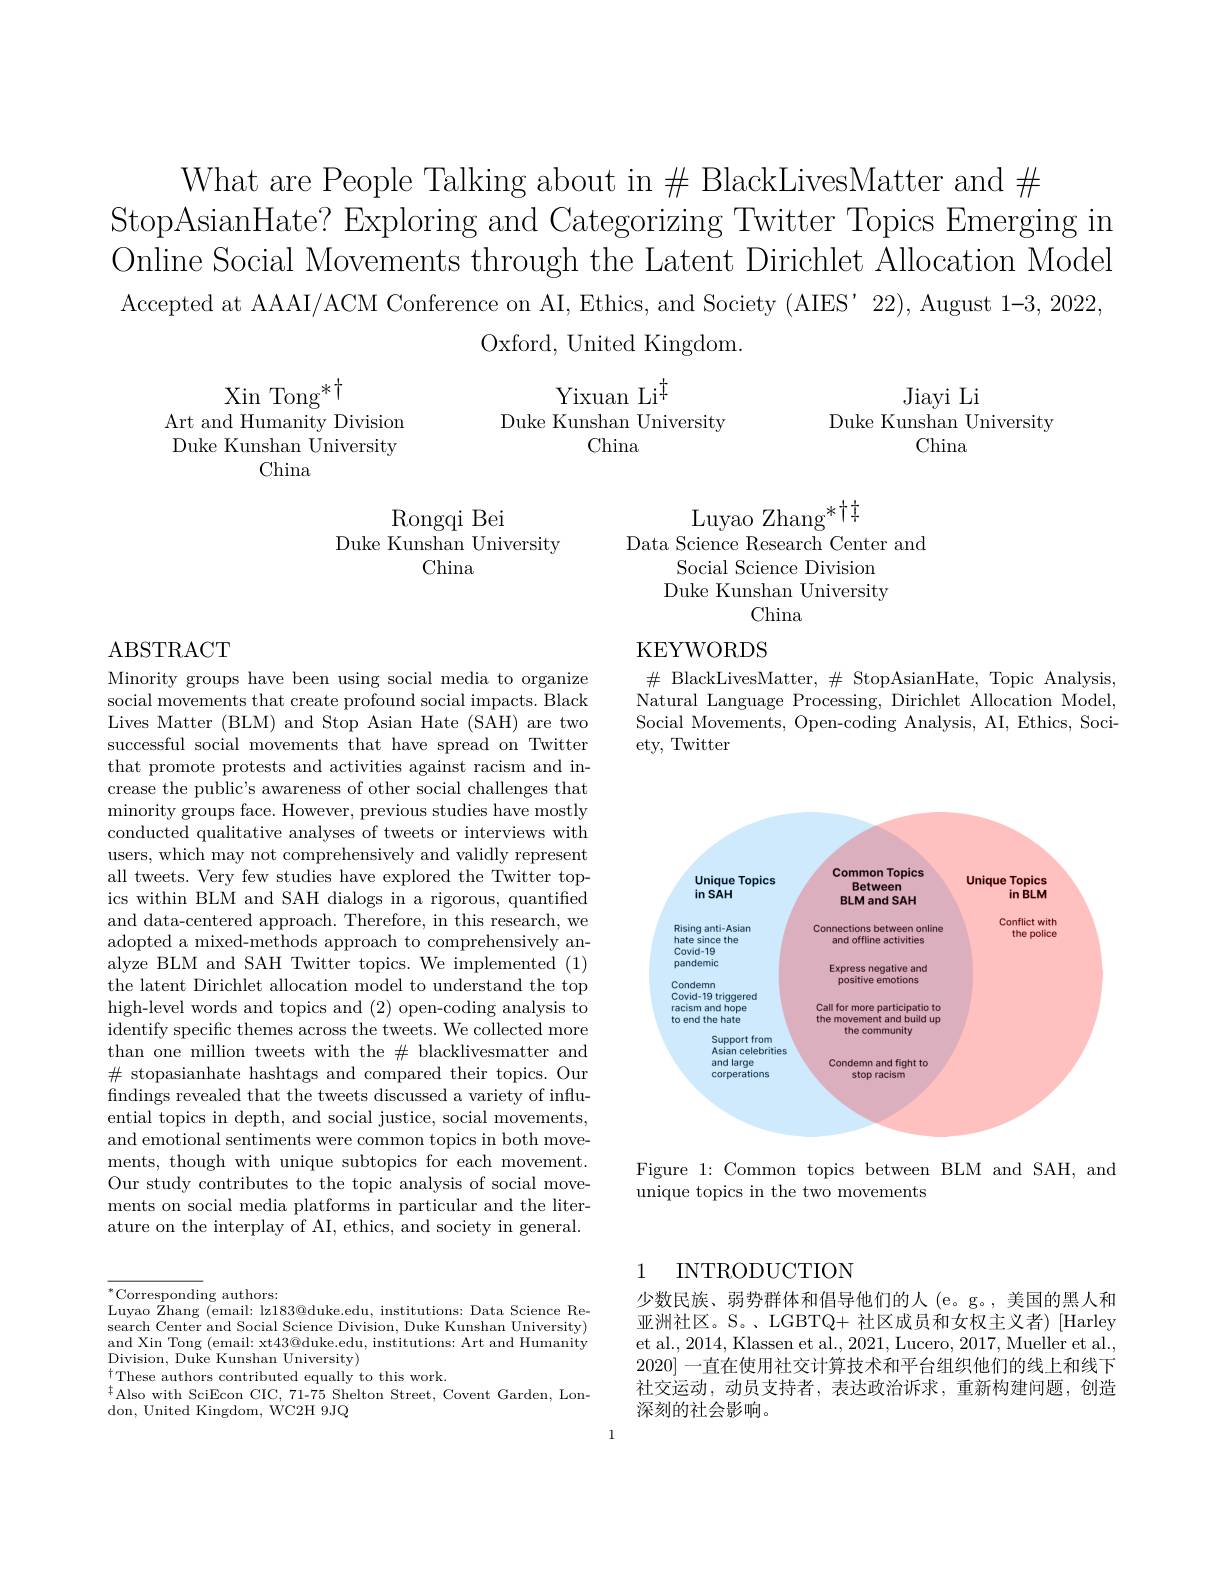
What are People Talking about in $\#$ BlackLivesMatter and $\#$
StopAsianHate? Exploring and Categorizing Twitter Topics Emerging in Online Social Movements through the Latent Dirichlet Allocation Model Accepted at AAAI/ACM Conference on AI, Ethics, and Society (AIES'22), August 1-3, 2022,
Oxford, United Kingdom.

$\operatorname*{Yixuan}_{\mathrm{IT}}^{\dagger}$
Duke Kunshan University
China

Jiayi Li
Duke Kunshan University
China

$\begin{array}{c}\mathrm{Xin~Tong^*\dagger}\\\mathrm{Art~and~Humanity~Division}\\\mathrm{Duke~Kunshan~University}\end{array}$
China

Rongqi Bei
Duke Kunshan University
China

$\mathrm{Luyao~Zhang}^{*\dagger\dagger}$
Data Science Research Center and
Social Science Division Duke Kunshan University
China
KEYWORDS
$\#$ BlackLivesMatter, $\#$ StopAsianHate, Topic Analysis, Natural Language Processing, Dirichlet Allocation Model, Social Movements, Open-coding Analysis, AI, Ethics, Society, Twitter

ABSTRACT

Minority groups have been using social media to organize social movements that create profound social impacts. Black Lives Matter (BLM) and Stop Asian Hate (SAH) are two successful social movements that have spread on Twitter that promote protests and activities against racism and increase the public's awareness of other social challenges that minority groups face. However, previous studies have mostly conducted qualitative analyses of tweets or interviews with users, which may not comprehensively and validly represent all tweets. Very few studies have explored the Twitter topics within BLM and SAH dialogs in a rigorous, quantified and data-centered approach. Therefore, in this research, we adopted a mixed-methods approach to comprehensively analyze BLM and SAH Twitter topics. We implemented (1) the latent Dirichlet allocation model to understand the top high-level words and topics and (2) open-coding analysis to identify specific themes across the tweets. We collected more than one million tweets with the $\#$ blacklivesmatter and $\#$ stopasianhate hashtags and compared their topics. Our findings revealed that the tweets discussed a variety of influential topics in depth, and social justice, social movements, and emotional sentiments were common topics in both movements, though with unique subtopics for each movement. Our study contributes to the topic analysis of social movements on social media platforms in particular and the literature on the interplay of AI, ethics, and society in general.

<FigureHere>

Figure 1: Common topics between BLM and SAH, and
unique topics in the two movements

## 1 INTRODUCTION

$^*$Corresponding authors:
Luyao Zhang (email: lz183@duke.edu, institutions: Data Science Research Center and Social Science Division, Duke Kunshan University) and Xin Tong (email: xt43@duke.edu, institutions: Art and Humanity Division, Duke Kunshan University)
$\begin{array}{l}{\dagger}\\{\mathrm{These~authors~contributed~equally~to~this~work.}}\end{array}$
$^{\ddagger}$Also with SciEcon CIC, 71-75 Shelton Street, Covent Garden, Lon-
don, United Kingdom, WC2H 9JQ

少数民族、弱势群体和倡导他们的人 (e。g。,美国的黑人和亚洲社区。S。、LGBTQ+ 社区成员和女权主义者)[Harley] et al., 2014, Klassen et al., 2021, Lucero, 2017, Mueller et al., 2020]一直在使用社交计算技术和平台组织他们的线上和线下社交运动，动员支持者，表达政治诉求，重新构建问题，创造深刻的社会影响。